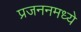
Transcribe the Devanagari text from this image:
प्रजननमध्ये